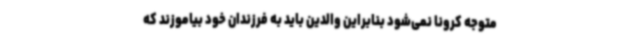
متوجه کرونا نمی‌شود بنابراین والدین باید به فرزندان خود بیاموزند که